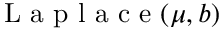
{ \textrm { L a p l a c e } } ( \mu , b )